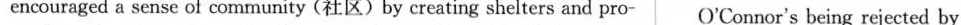
encouraged a sense of community (社区)by creating shelters and pro- O'Connor's being rejected by